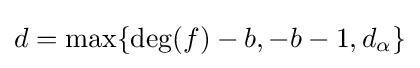
{\textstyle d=\max\{\deg(f)-b,-b-1,d_{\alpha }\}}